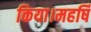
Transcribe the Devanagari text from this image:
किया।महर्षि